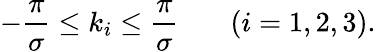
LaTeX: -{\frac{\pi}{\sigma}}\leq k_{i}\leq{\frac{\pi}{\sigma}}\; \; \; \; \; \; \left(i=1,2,3\right).